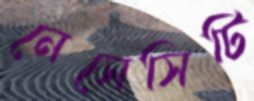
নেসেসিটি